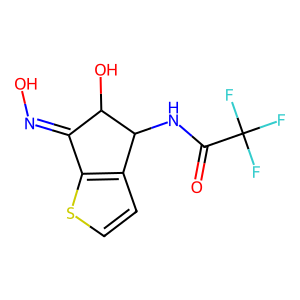
SMILES: O=C(NC1c2ccsc2C(=NO)C1O)C(F)(F)F
Inhibits HIV replication: No